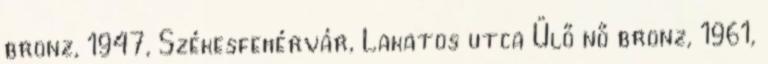
bronz, 1947, Székesfehérvár, Lakatos utca Ülő nő bronz, 1961,